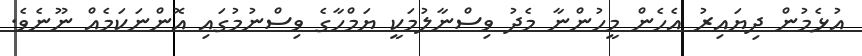
އުޅެމުން ދިޔައިރު އެހެން މީހުންނާ މެދު ވިސްނާލުމަކީ ޔަމްހާގެ ވިސްނުމުގައި އޮންނަކަމެއް ނޫނެވެ.